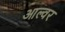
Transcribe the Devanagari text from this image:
आल्वर